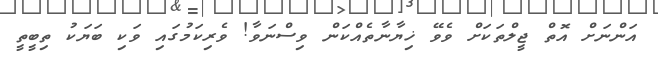
އަންނަށް އޮތް ޖީލްތަކަށް ވެވޭ ޚިޔާނާތެއްކަން ވިސްނަވާ! ވެރިކަމުގައި ވަކި ބަޔަކު ތިބީތީ